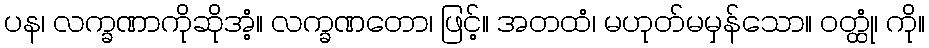
ပန၊ လက္ခဏာကိုဆိုအံ့။ လက္ခဏတော၊ ဖြင့်။ အတထံ၊ မဟုတ်မမှန်သော။ ဝတ္ထုံ၊ ကို။